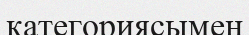
категориясымен